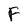
Character: F